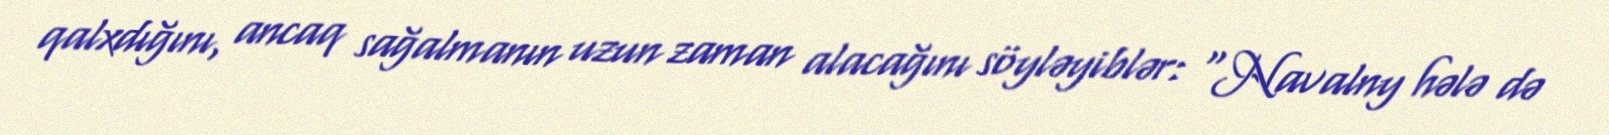
qalxdığını, ancaq sağalmanın uzun zaman alacağını söyləyiblər: “Navalny hələ də